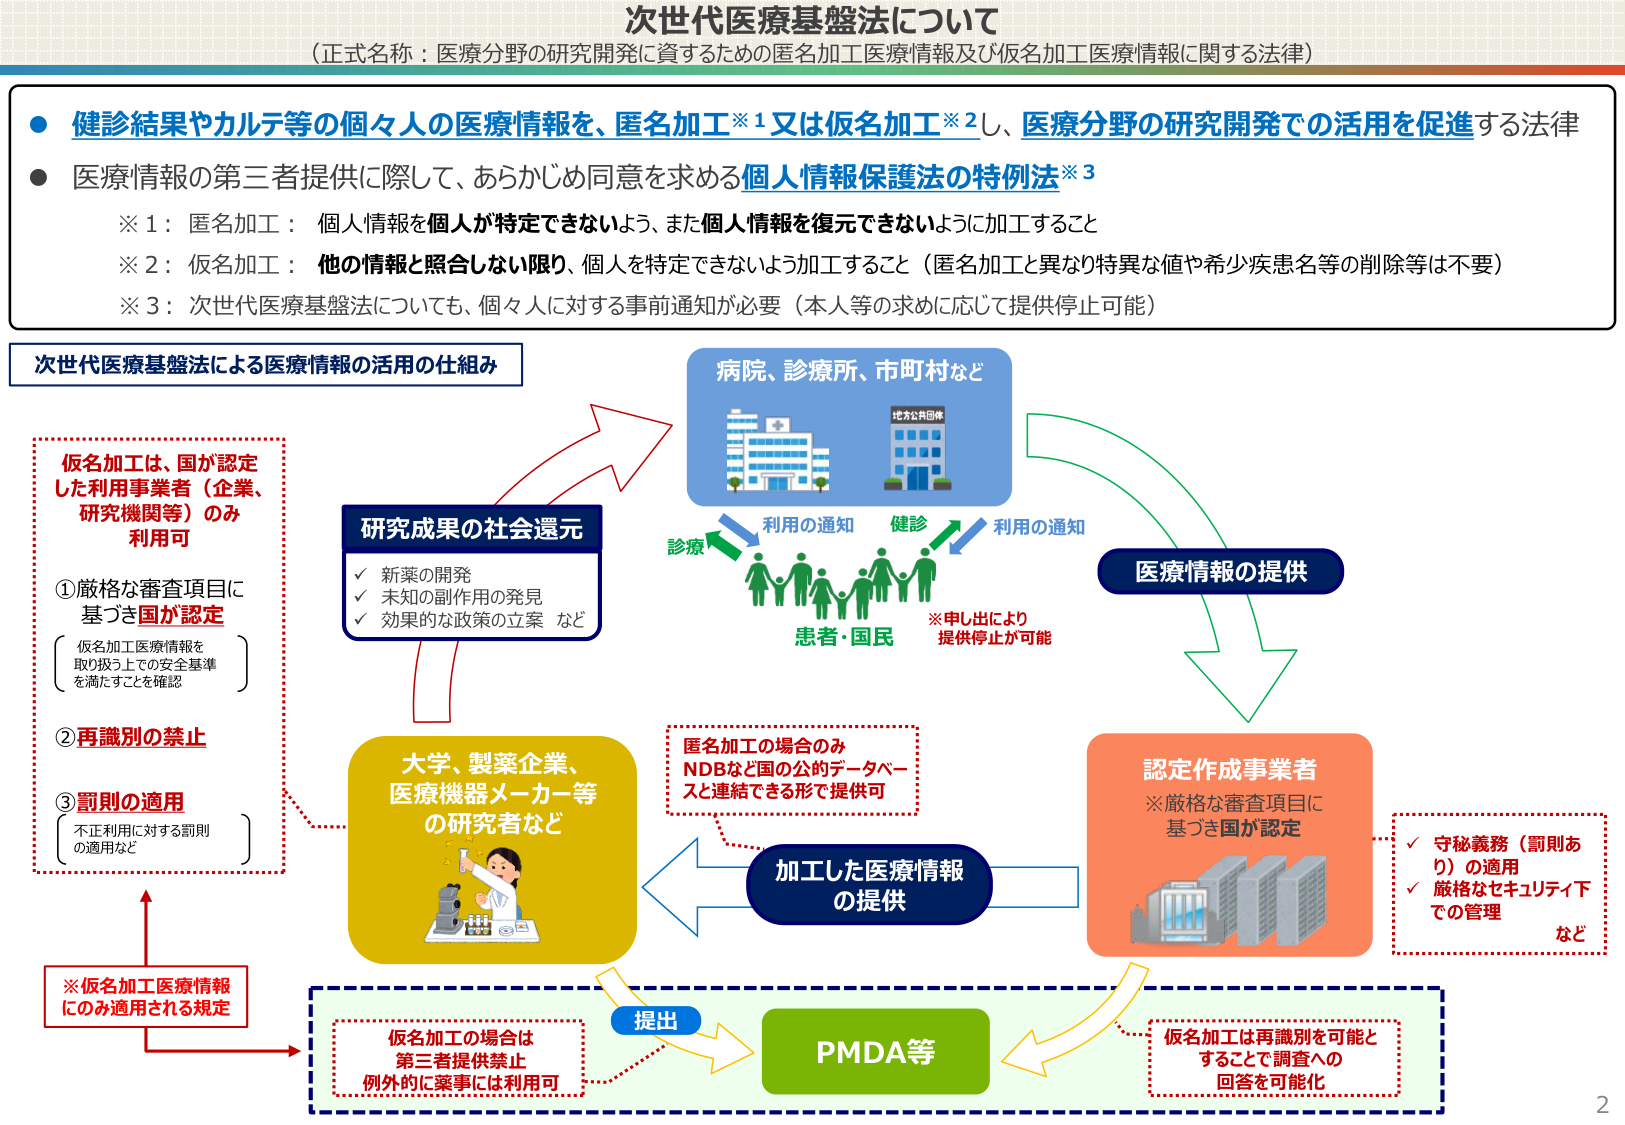
次世代医療基盤法について
（正式名称：医療分野の研究開発に資するための匿名加工医療情報及び仮名加工医療情報に関する法律）

● 健診結果やカルテ等の個々人の医療情報を、匿名加工※1又は仮名加工※2し、医療分野の研究開発での活用を促進する法律
● 医療情報の第三者提供に際して、あらかじめ同意を求める個人情報保護法の特例法※3

※1：匿名加工：個人情報を個人が特定できないよう、また個人情報を復元できないように加工すること
※2：仮名加工：他の情報と照合しない限り、個人を特定できないよう加工すること（匿名加工と異なり特異な値や希少疾患名等の削除等は不要）
※3：次世代医療基盤法についても、個々人に対する事前通知が必要（本人等の求めに応じて提供停止可能）

次世代医療基盤法による医療情報の活用の仕組み

病院、診療所、市町村など
（図：病院と地方公共団体の建物）

利用の通知
診療
健診
利用の通知

患者・国民
※申し出により提供停止が可能

医療情報の提供

研究成果の社会還元
✓ 新薬の開発
✓ 未知の副作用の発見
✓ 効果的な政策の立案 など

仮名加工は、国が認定した利用事業者（企業、研究機関等）のみ利用可

①厳格な審査項目に基づき国が認定
（仮名加工医療情報を取り扱う上での安全基準を満たすことを確認）

②再識別の禁止

③罰則の適用
（不正利用に対する罰則の適用など）

※仮名加工医療情報にのみ適用される規定

大学、製薬企業、医療機器メーカー等の研究者など
（図：研究者が実験をしている様子）

加工した医療情報の提供

匿名加工の場合のみ
NDBなど国の公的データベースと連結できる形で提供可

認定作成事業者
※厳格な審査項目に基づき国が認定
（図：複数のサーバー）

✓ 守秘義務（罰則あり）の適用
✓ 厳格なセキュリティ下での管理 など

提出

PMDA等

仮名加工の場合は第三者提供禁止
例外的に薬事には利用可

仮名加工は再識別を可能とすることで調査への回答を可能化

2